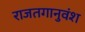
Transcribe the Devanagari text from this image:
राजतगानुवंश